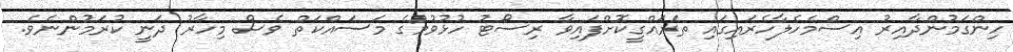
ހިންގަމުންދާއިރު އިސްމެހެލާހެރައިގައި ތަރައްގީކޮށްފައިވާ ރިސޯޓު ހުޅުވުމުގެ މަސައްކަތް ވެސް މިހާރު ދަނީ ކުރަމުންނެވެ.